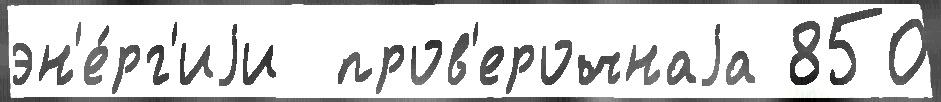
эн'е́рг'иjи  пров'ерочнаjа 850